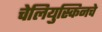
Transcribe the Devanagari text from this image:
चेलियुस्किनचे